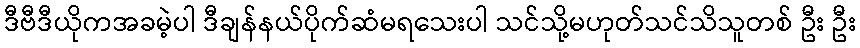
ဒီဗီဒီယိုကအခမဲ့ပါ ဒီချန်နယ်ပိုက်ဆံမရသေးပါ သင်သို့မဟုတ်သင်သိသူတစ် ဦး ဦး